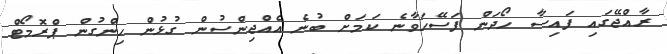
ރާއްޖޭގައި ފައިސާ ހޯދަން ފަސޭހަވާނެ ކަމަށް ބުނެ އެއްޖިންސުން ގުޅުން ހިންގުން ޕްރޮމޯޓް